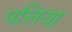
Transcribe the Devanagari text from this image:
पत्तिया